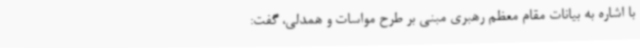
با اشاره به بیانات مقام معظم رهبری مبنی بر طرح مواسات و همدلی، گفت: